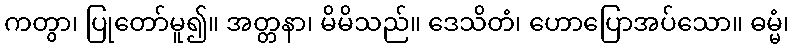
ကတွာ၊ ပြုတော်မူ၍။ အတ္တနာ၊ မိမိသည်။ ဒေသိတံ၊ ဟောပြောအပ်သော။ ဓမ္မံ၊